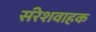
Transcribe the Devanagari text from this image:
संरेशवाहक